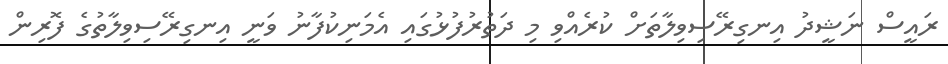
ރައީސް ނަޝީދު އިނގިރޭސިވިލާތަށް ކުރެއްވި މި ދަތުރުފުޅުގައި އެމަނިކުފާނު ވަނީ އިނގިރޭސިވިލާތުގެ ފޮރިން